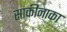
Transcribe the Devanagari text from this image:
साकीनाका